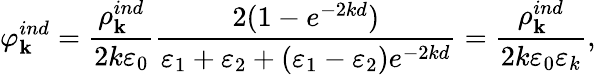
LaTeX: \varphi_{\mathbf k}^{ind}=\frac{\rho_{\mathbf k}^{ind}}{2k\varepsilon_{0}}\frac{2(1-e^{-2kd})}{\varepsilon_{1}+\varepsilon_{2}+(\varepsilon_{1}-\varepsilon_{2})e^{-2kd}}=\frac{\rho_{\mathbf k}^{ind}}{2k\varepsilon_{0}\varepsilon_{k}},